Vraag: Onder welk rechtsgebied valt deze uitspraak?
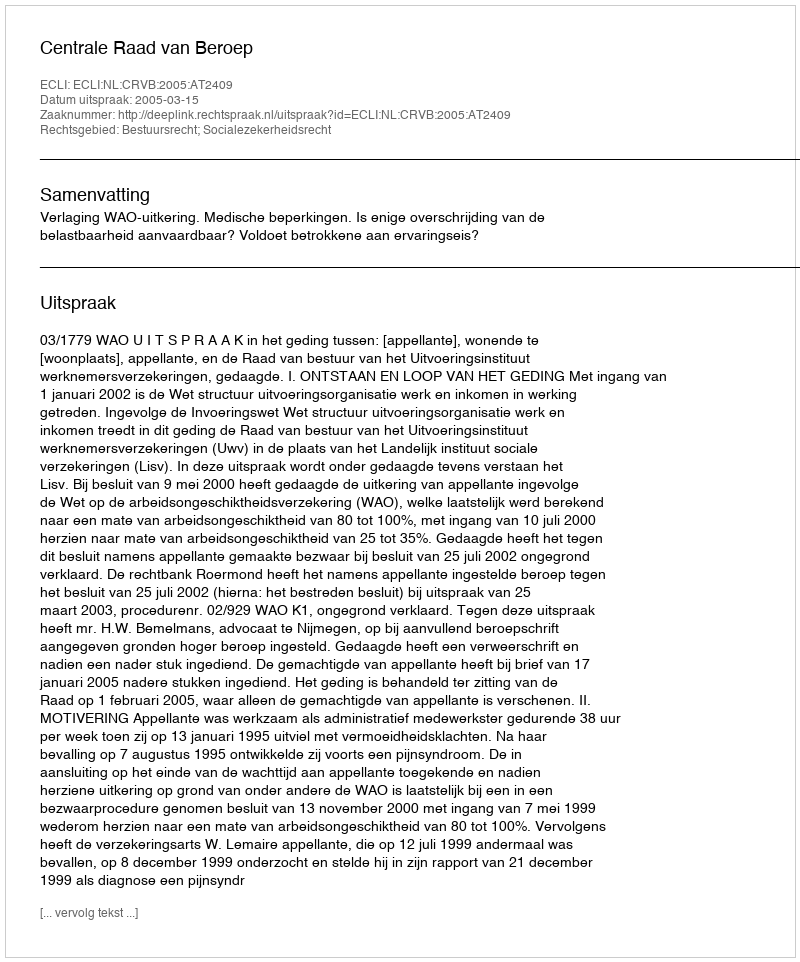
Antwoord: Bestuursrecht; Socialezekerheidsrecht